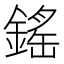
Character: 鎐